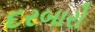
દરબારો